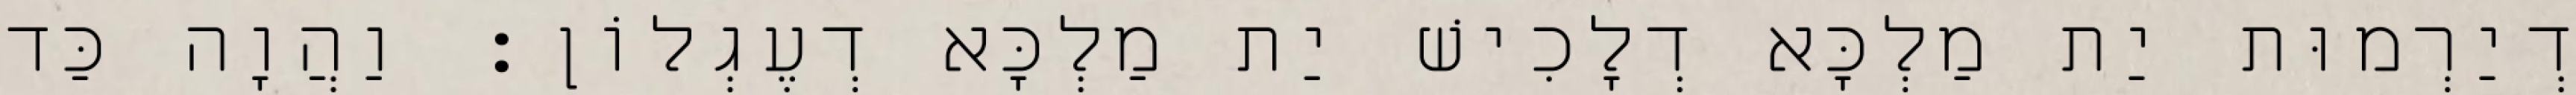
דְיַרְמוּת יַת מַלְכָּא דְלָכִישׁ יַת מַלְכָּא דְעֶגְלוֹן׃ וַהֲוָה כַּד